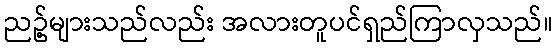
ညဥ့်များသည်လည်း အလားတူပင်ရှည်ကြာလှသည်။